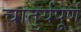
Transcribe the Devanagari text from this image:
चातुर्यपूर्ण